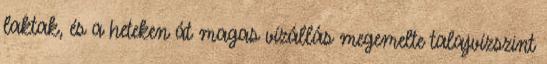
laktak, és a heteken át magas vízállás megemelte talajvízszint